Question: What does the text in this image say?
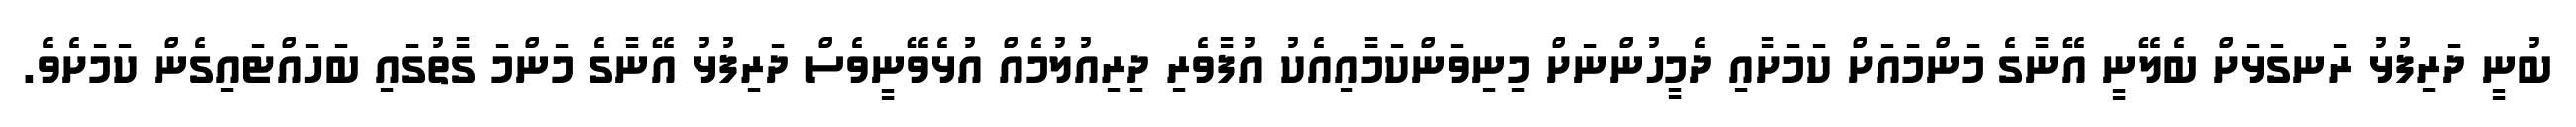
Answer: ބުނީ ދަރިފުޅު ރަނގަޅަށް ބެލޭނީ އޭނާގެ މަންމައަށް ކަމަށާއި ދެމީހުންނަށް މިނިވަންކަމާއިއެކު އުފާވެރި ދިރިއުލުމެއް އުޅެވޭނީވެސް ދަރިފުޅު އޭނާގެ މަންމަ ގާތުގައި ބަހައްޓައިގެން ކަމަށެވެ.